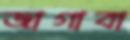
জাগাবা